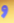
و